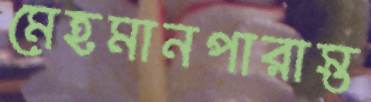
মেহমানপারাস্ত